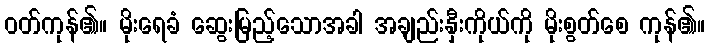
ဝတ်ကုန်၏။ မိုးရေခံ ဆွေးမြည့်သောအခါ အချည်းနှီးကိုယ်ကို မိုးစွတ်စေ ကုန်၏။